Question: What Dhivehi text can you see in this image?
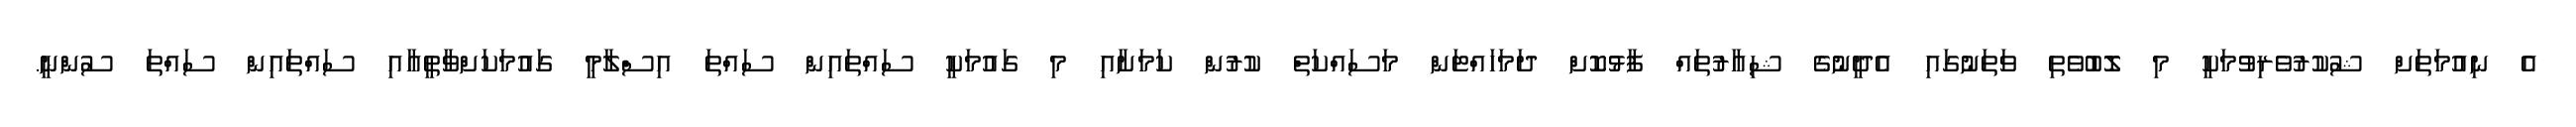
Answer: އެ ނިއުމަތަށް ޝުކުރުވެރިވުމަކީ މި ލޮބުވެތި ވަތަނުގައި އެދީނުގެ ޝިއާރުތައް ފާޅުކޮށް ދަމަހައްޓަން މަސައްކަތް ކުރުން ކަމަށާއި މި ގައުމަކީ ސައްތައިން ސައްތަ އިސްލާމީ ގައުމަކަށްވާތީއާއި ސައްތައިން ސައްތަ ސުންނީ.